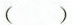
( )